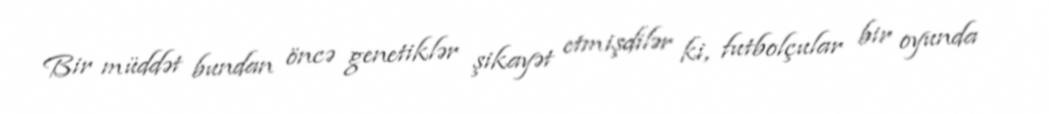
Bir müddət bundan öncə genetiklər şikayət etmişdilər ki, futbolçular bir oyunda